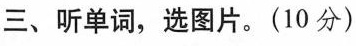
三、听单词，选图片。(10分)